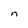
Character: n